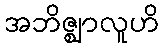
အဘိဇ္ဈာလူဟိ